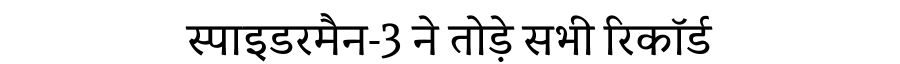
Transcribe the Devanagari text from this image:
स्पाइडरमैन-3 ने तोड़े सभी रिकॉर्ड